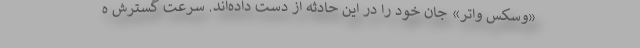
«وسکس واتر» جان خود را در این حادثه از دست داده‌اند. سرعت گسترش ه